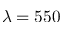
\lambda = 5 5 0